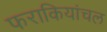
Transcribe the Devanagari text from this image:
फराकियांचल